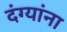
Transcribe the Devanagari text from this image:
दंग्यांना